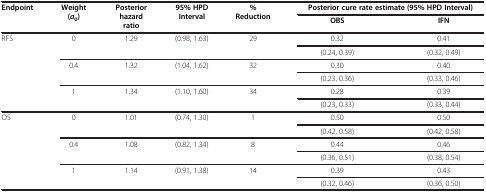
<table><thead><tr><td rowspan="2"><b>Endpoint</b></td><td rowspan="2"><b>Weight (<i>a</i><sub>0</sub>)</b></td><td rowspan="2"><b>Posterior hazard ratio</b></td><td rowspan="2"><b>95% HPD Interval</b></td><td rowspan="2"><b>% Reduction</b></td><td colspan="2"><b>Posterior cure rate estimate (95% HPD Interval)</b></td></tr><tr><td><b>OBS</b></td><td><b>IFN</b></td></tr></thead><tbody><tr><td rowspan="6">RFS</td><td rowspan="2">0</td><td rowspan="2">1.29</td><td rowspan="2">(0.98, 1.63)</td><td rowspan="2">29</td><td>0.32</td><td>0.41</td></tr><tr><td>(0.24, 0.39)</td><td>(0.32, 0.49)</td></tr><tr><td rowspan="2">0.4</td><td rowspan="2">1.32</td><td rowspan="2">(1.04, 1.62)</td><td rowspan="2">32</td><td>0.30</td><td>0.40</td></tr><tr><td>(0.23, 0.36)</td><td>(0.33, 0.46)</td></tr><tr><td rowspan="2">1</td><td rowspan="2">1.34</td><td rowspan="2">(1.10, 1.60)</td><td rowspan="2">34</td><td>0.28</td><td>0.39</td></tr><tr><td>(0.23, 0.33)</td><td>(0.33, 0.44)</td></tr><tr><td rowspan="6">OS</td><td rowspan="2">0</td><td rowspan="2">1.01</td><td rowspan="2">(0.74, 1.30)</td><td rowspan="2">1</td><td>0.50</td><td>0.50</td></tr><tr><td>(0.42, 0.58)</td><td>(0.42, 0.58)</td></tr><tr><td rowspan="2">0.4</td><td rowspan="2">1.08</td><td rowspan="2">(0.82, 1.34)</td><td rowspan="2">8</td><td>0.44</td><td>0.46</td></tr><tr><td>(0.36, 0.51)</td><td>(0.38, 0.54)</td></tr><tr><td rowspan="2">1</td><td rowspan="2">1.14</td><td rowspan="2">(0.91, 1.38)</td><td rowspan="2">14</td><td>0.39</td><td>0.43</td></tr><tr><td>(0.32, 0.46)</td><td>(0.36, 0.50)</td></tr></tbody></table>